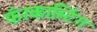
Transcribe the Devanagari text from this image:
फॅरकास्टिंग